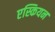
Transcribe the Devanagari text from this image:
एस्कियन